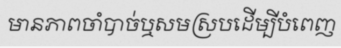
មានភាពចាំបាច់ឬសមស្របដើម្បីបំពេញ